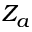
Z _ { a }